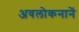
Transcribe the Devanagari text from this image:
अवलोकनानें